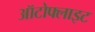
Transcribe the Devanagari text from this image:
ऑटोफ्लाइट